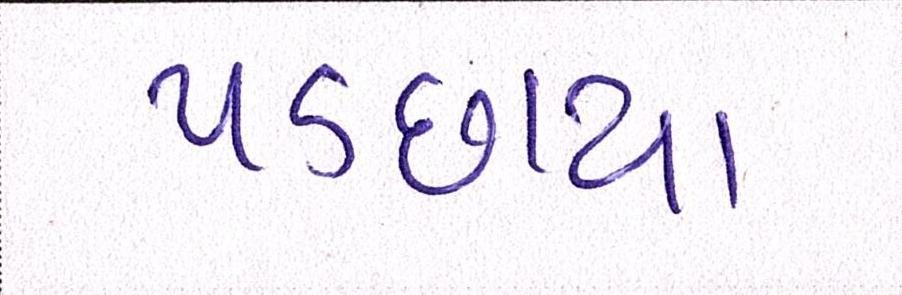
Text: પડછાયા